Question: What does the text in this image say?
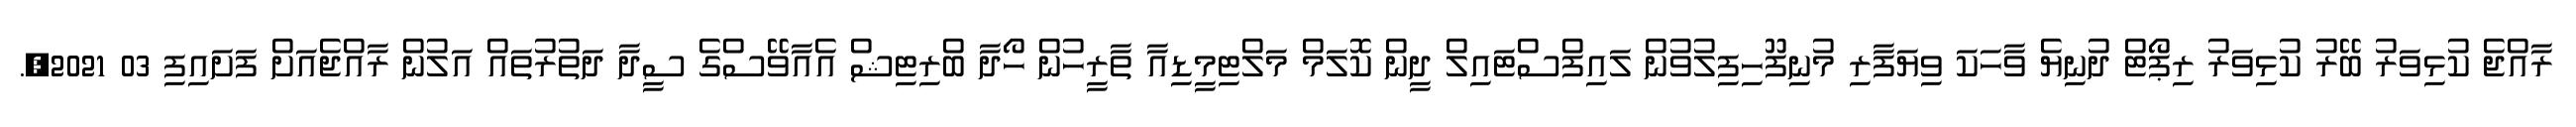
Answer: ރާއްޖެ ކުޅިވަރު ބޭރު ކުޅިވަރު ރިޕޯޓް ދުނިޔެ ވާހަކަ ވިޔަފާރި މުނިފޫހިފިލުވުން ލައިފްސްޓައިލް ދީން ކޮލަމް މަލްޓިމީޑިއާ ތާރީހުން ހޯދާ ބްރިޓިޝް އެއާވޭސްގެ ސީދާ ދަތުރުތައް އަލުން ރާއްޖެއަށް ފަށައިފި 03 2021,.